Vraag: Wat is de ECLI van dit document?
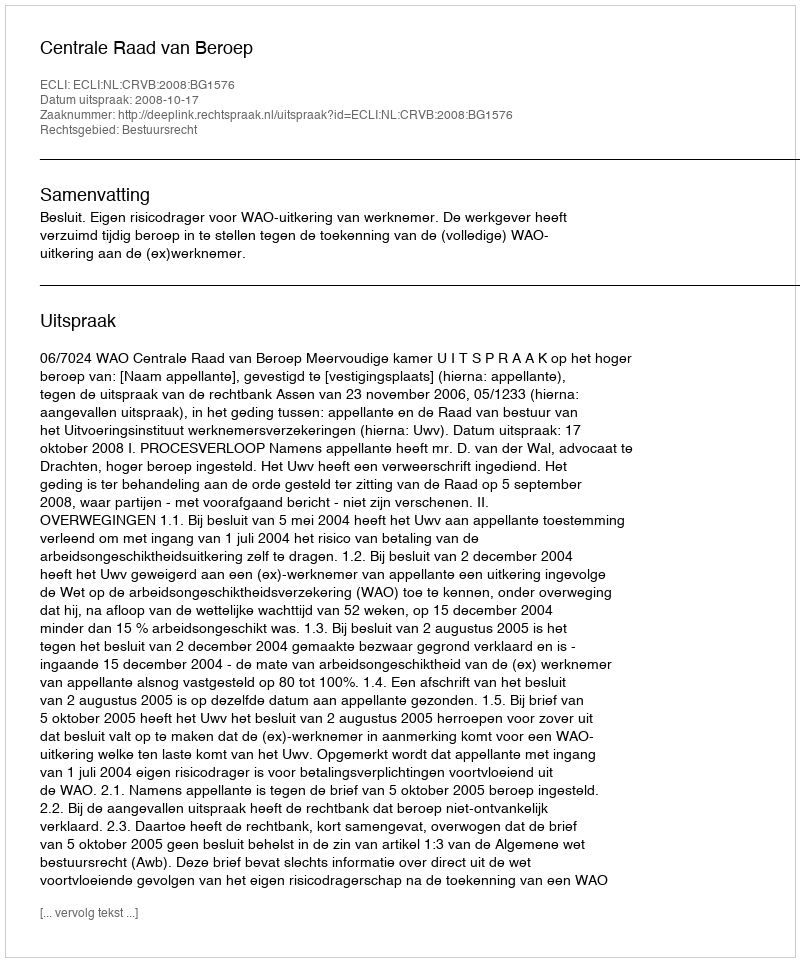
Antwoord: ECLI:NL:CRVB:2008:BG1576